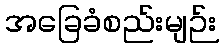
အခြေခံစည်းမျဉ်း